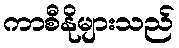
ကာစီနိုများသည်